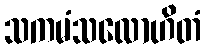
သကမံသလောဟိတံ